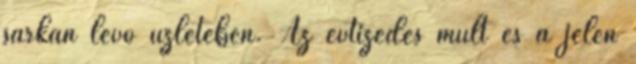
sarkán lévô üzletében. Az évtizedes múlt és a jelen